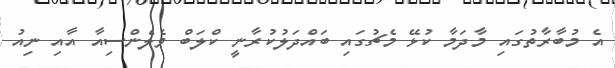
އެ މުބާރާތުގައި މާދަމާ ކުޅޭ މެޗުގައި ބައްދަލުކުރާނީ ކްލަބް ވެލެންސިއާ އާއި ނިއު